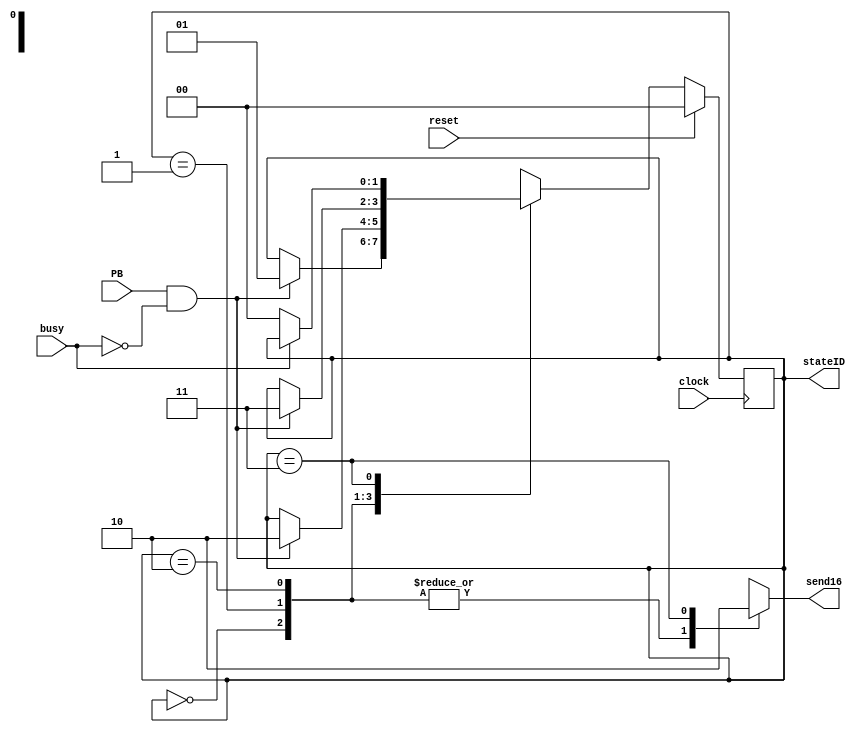
module TX_sequence 
(
	input clock,
	input reset,
	input PB,             
	output reg send16,    
	input busy,           
	output [1:0] stateID  
    );
    reg[1:0] next_state, state; 
    localparam IDLE 		 = 2'd0;  
    localparam TX_OPERAND01  = 2'd1;  
    localparam TX_OPERAND02  = 2'd2;  
    localparam TX_ALU_CTRL 	 = 2'd3;  
    assign stateID = state;
    always@(*) begin
        next_state = state;
        send16 = 1'b1;
    	case (state)
    		IDLE: 	begin
						if(PB & ~busy) begin
							next_state=TX_OPERAND01;
						end
					end
            TX_OPERAND01: begin
							if(PB & ~busy) begin
								next_state=TX_OPERAND02;
							end								
						end
            TX_OPERAND02: begin
							if(PB & ~busy) begin
								next_state=TX_ALU_CTRL;
							end								
						end
            TX_ALU_CTRL: begin
                            send16 = 1'b0;
                            if(~busy) begin
                                next_state=IDLE;
                            end
						end	
    	endcase
    end	
    always@(posedge clock) begin
    	if(reset)
    		state <= IDLE;
    	else
    		state <= next_state;
	end
endmodule